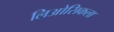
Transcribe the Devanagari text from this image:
लिओसिकला